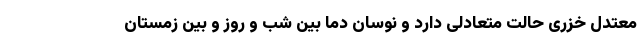
معتدل خزری حالت متعادلی دارد و نوسان دما بین شب و روز و بین زمستان